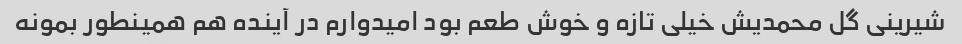
شیرینی گل محمدیش خیلی تازه و خوش طعم بود امیدوارم در آینده هم همینطور بمونه